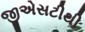
જીએસટીથી